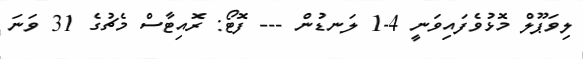
ލިވަޕޫލް މޮޅުވެފައިވަނީ 4-1 ލަނޑުން --- ފޮޓޯ: ރޮއިޓާސް މެޗުގެ 31 ވަނަ